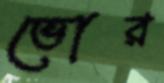
ভোর